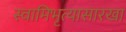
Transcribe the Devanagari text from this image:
स्वामिभृत्यासारखा